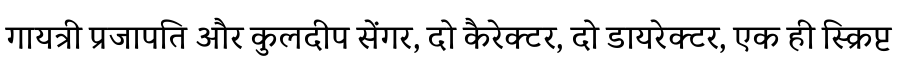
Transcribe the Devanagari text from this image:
गायत्री प्रजापति और कुलदीप सेंगर, दो कैरेक्टर, दो डायरेक्टर, एक ही स्क्रिप्ट